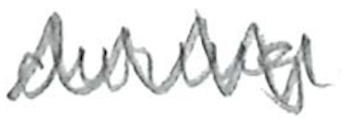
Text: during
Cross-out: zig-zag
Writing tool: pencil